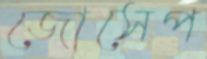
জোসেপ